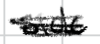
Text: side
Cross-out: scratch
Writing tool: digital_black